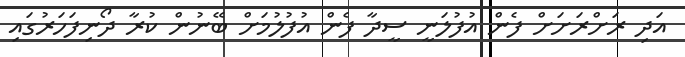
އަދި ރަށްރަށަށް ފެން އުފުލަނީ ސީދާ ފެން އުފުލުމަށް ބޭނުން ކުރާ ދޯނިފަހަރުގައި